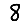
Digit: 8